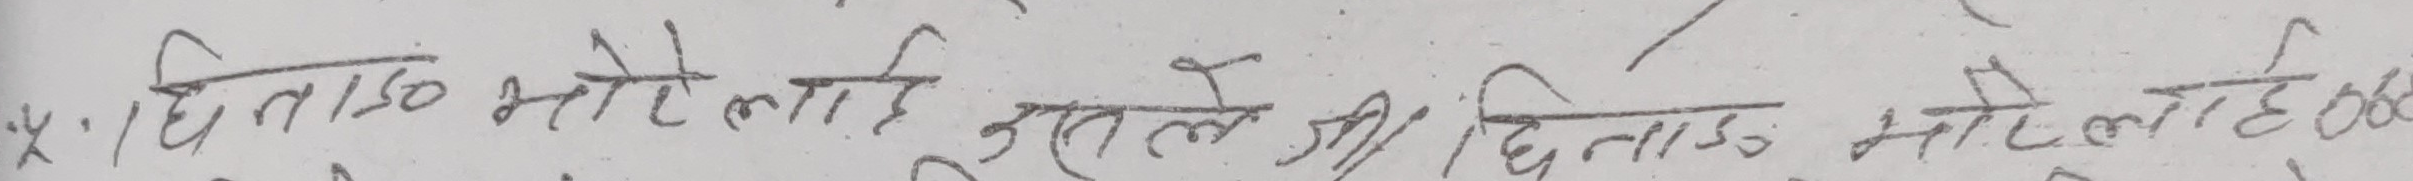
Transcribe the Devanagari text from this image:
४. हिंला० भोटेलाई उस्ताले श्री हिंला० भोटेलाई छ